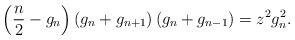
LaTeX: \begin{align*}\left( \frac{n}{2}-g_{n}\right) \allowbreak\left( g_{n}+g_{n+1}\right)\allowbreak\left( g_{n}+g_{n-1}\right) =z^{2}g_{n}^{2}. \end{align*}